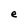
Character: e